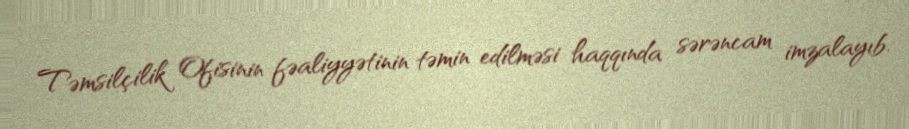
Təmsilçilik Ofisinin fəaliyyətinin təmin edilməsi haqqında sərəncam imzalayıb.